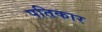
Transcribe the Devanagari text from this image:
पतिकार